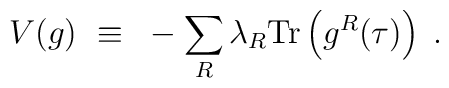
V(g)~\equiv~-\sum_R \lambda_R {\rm Tr}\left(g^R(\tau)\right) \; .